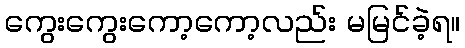
ကွေးကွေးကော့ကော့လည်း မမြင်ခဲ့ရ။